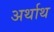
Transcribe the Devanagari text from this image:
अर्थाथ